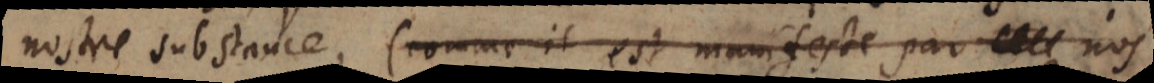
nostre substance, (comme il est manifeste par nos